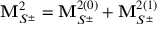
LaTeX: { \bf M } _ { S ^ { \pm } } ^ { 2 } = { \bf M } _ { S ^ { \pm } } ^ { 2 ( 0 ) } + { \bf M } _ { S ^ { \pm } } ^ { 2 ( 1 ) }